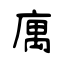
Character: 庽